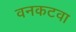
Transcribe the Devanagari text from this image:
वनकटवा